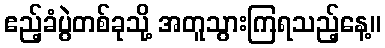
ဧည့်ခံပွဲတစ်ခုသို့ အတူသွားကြရသည့်နေ့။